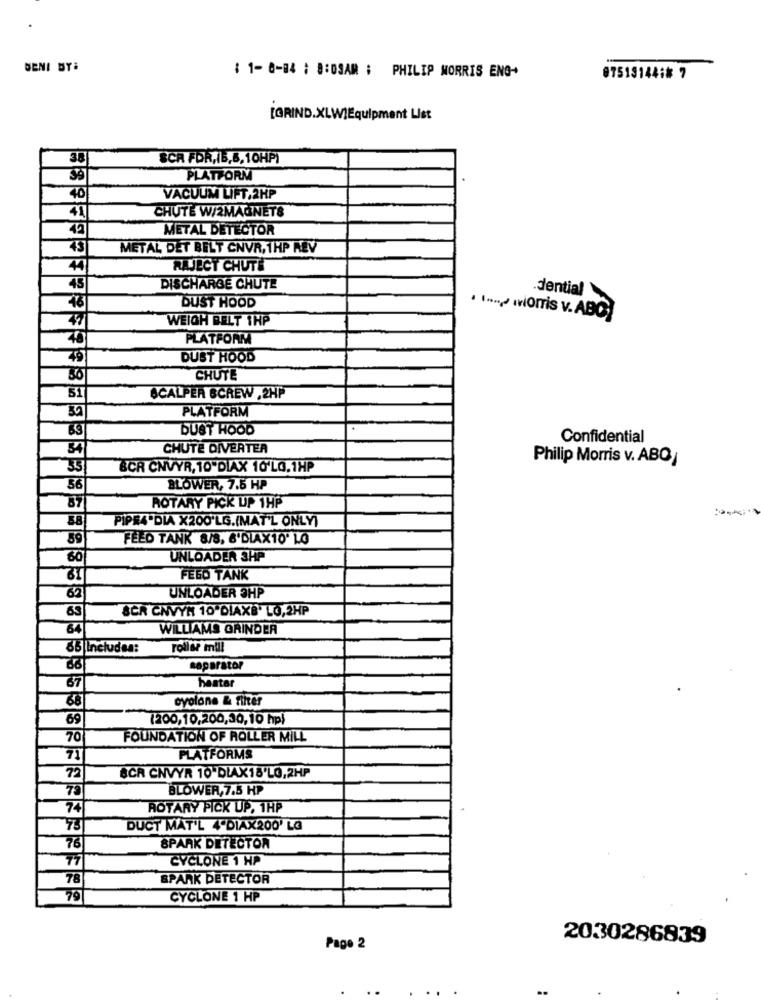
BENI BY:
: 1- 8-84 ; 8:09AM ; PHILIP MORRIS ENG-
07513144:# 7
[GRIND.XLWIEquipment List
38
SCR FOR,IB,B, 10HP)
39
PLATFORM
40
VACUUM LIFT.2HP
41
CHUTE W/2MAGNETS
METAL DETECTOR
43
METAL DET BELT CNVR, 1HP REV
4
RAJECT CHUTE
45
DISCHARGE CHUTE
dential
48
DUST HOOD
47
WEIGH BELT 1HP
. ... ) worris v. ABC)
40
PLATFORM
DUST HOOD
CHUTE
SCALPER SCREW ,2HP
PLATFORM
69
DUST HOOD
Confidential
34
CHUTE DIVERTER
Philip Morris v. ABO/
35
&CR CNVYR, 10"DIAX 10'LO. 1HP
56
BLOWER, 7.5 HP
87
ROTARY PICK UP 1HP
58
PIPRA"DIA X200'LG.(MAT'L ONLY)
89
FEED TANK 8/8, 6'DIAX10' LO
60
UNLOADER 3HP
FEED TANK
62
UNLOADER SHP
63
SCA CNVÝM 10 DIAXB' LO,2HP
84
WILLIAMS GRINDER
65|Includes:
rollse mill
separator
67
hastar
38
ovolone & filter
69
(200,10,200,30,10 hp)
70
FOUNDATION OF ROLLER MILL
71
PLATFORMS
72
BCR CNVYR 10"DIAX18'LO,2HP
75
BLOWER,7.5 HP
74
ROTARY PICK UP. 1HP
73
DUCT MAT'L 4"DIAX200' LG
76
SPARK DETECTOR
77
CYCLONE 1 HP
78
SPARK DETECTOR
79
CYCLONE 1 HP
2030286839
Page 2